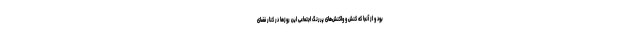
بود و از آنجا که کنش و واکنش‌های پررنگ اجتماعی این روزها در کنار فضای